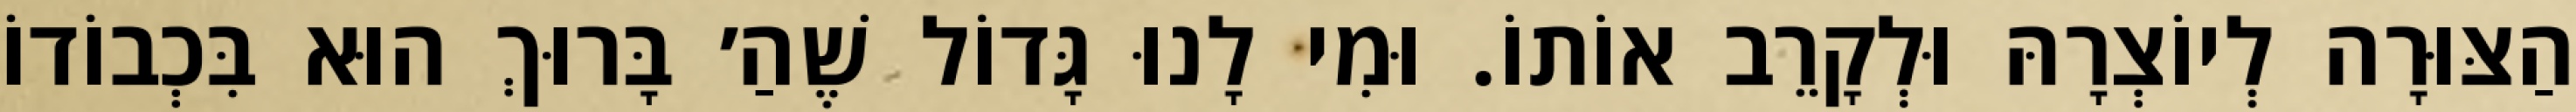
הַצּוּרָה לְיוֹצְרָהּ וּלְקָרֵב אוֹתוֹ. וּמִי לָנוּ גָּדוֹל שֶׁהַ׳ בָּרוּךְ הוּא בִּכְבוֹדוֹ